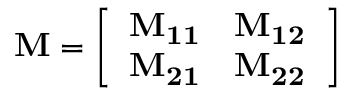
\mathbf { M } = \left[ \begin{array} { l l } { \mathbf { M _ { 1 1 } } } & { \mathbf { M _ { 1 2 } } } \\ { \mathbf { M _ { 2 1 } } } & { \mathbf { M _ { 2 2 } } } \end{array} \right]